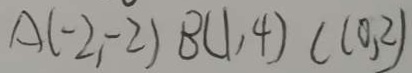
A ( - 2 , - 2 ) B ( 1 , 4 ) C ( 0 , 2 )